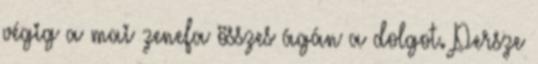
végig a mai zenefa összes ágán a dolgot. Persze